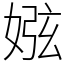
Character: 娹